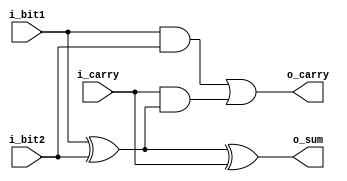
//1- bit full adder

module fullAdder_1b (i_bit1, i_bit2, i_carry, o_sum, o_carry);
	input i_bit1;
	input i_bit2;
	input i_carry;
	output o_sum;
	output o_carry;
	
	assign o_sum = i_bit1 ^ i_bit2 ^ i_carry;
	assign o_carry = i_bit1 & i_bit2 | i_carry & (i_bit1 ^ i_bit2);
	
endmodule